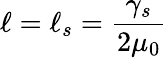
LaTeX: \ell=\ell_{s}=\frac{\gamma_{s}}{2\mu_{0}}